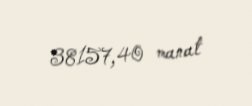
38157,40 manat